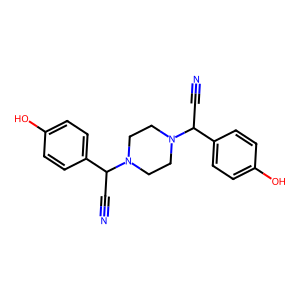
SMILES: N#CC(c1ccc(O)cc1)N1CCN(C(C#N)c2ccc(O)cc2)CC1
Inhibits HIV replication: No